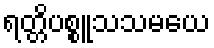
ရတ္တိပစ္စူသသမယေ